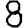
Digit: 8